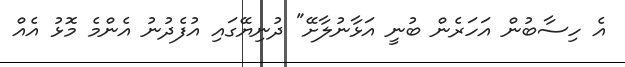
އެ ހިސާބުން އަހަރެން ބުނީ އަޅާނުލާށޭ" ދުނިޔޭގައި އުފެދުނު އެންމެ މޮޅު އެއް